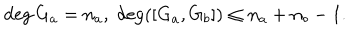
LaTeX: \deg G _ { a } = n _ { a } , \; \deg ( [ G _ { a } , G _ { b } ] ) \leq n _ { a } + n _ { b } - 1 .